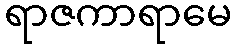
ရာဇကာရာမေ